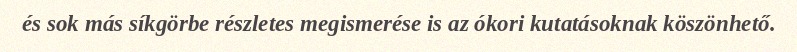
és sok más síkgörbe részletes megismerése is az ókori kutatásoknak köszönhető.